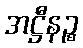
အဋ္ဌီနဉ္စ